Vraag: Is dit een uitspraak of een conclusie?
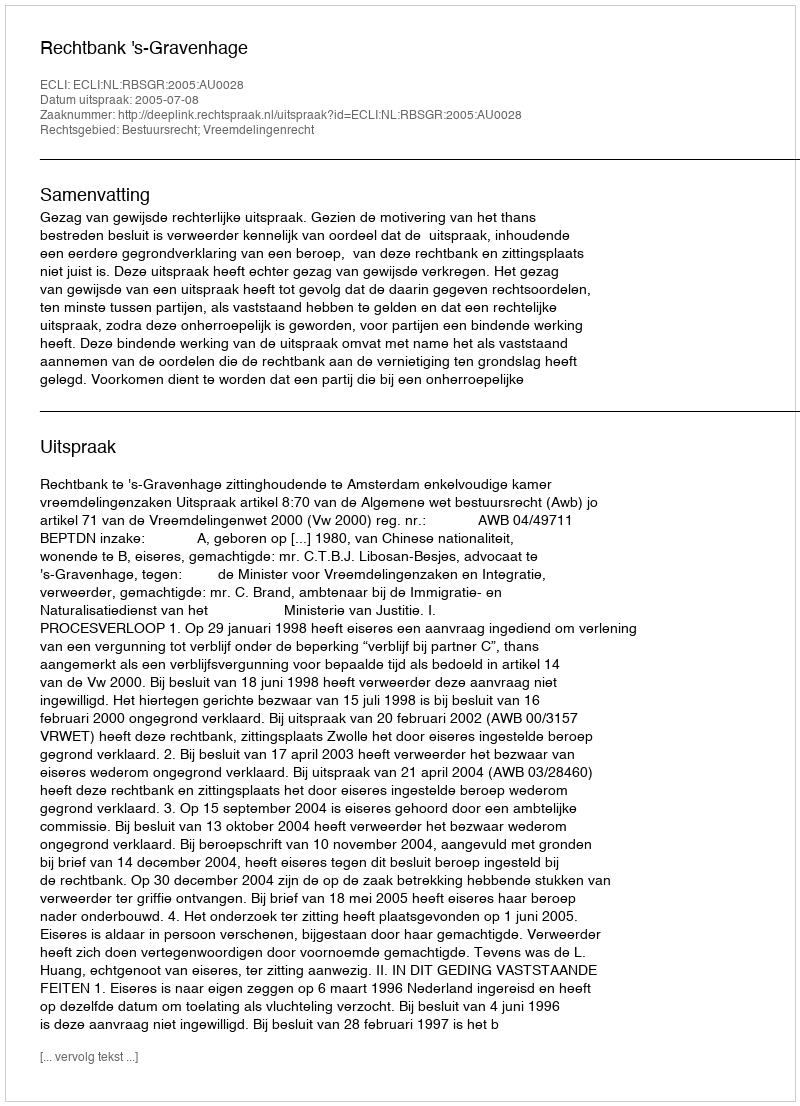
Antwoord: Uitspraak